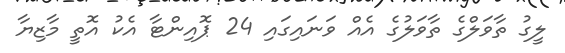
ލީގު ތާވަލްގެ ތާވަލުގެ އެއް ވަނައިގައި 24 ޕޮއިންޓާ އެކު އޮތީ މާޒިޔާ